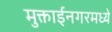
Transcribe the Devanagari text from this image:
मुक्ताईनगरमध्ये